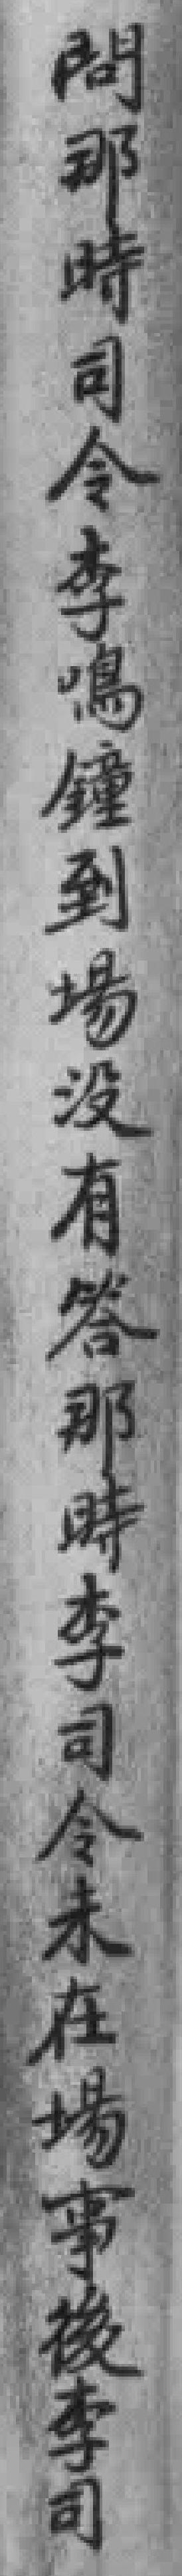
問那時司令李鳴鐘到場没有答那時李司令未在場事後李司